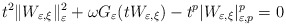
\begin{align*}t^{2}\|W_{\varepsilon,\xi}\|_{\varepsilon}^{2}+\omega G_{\varepsilon}(tW_{\varepsilon,\xi})-t^{p}|W_{\varepsilon,\xi}|_{\varepsilon,p}^{p}=0\end{align*}